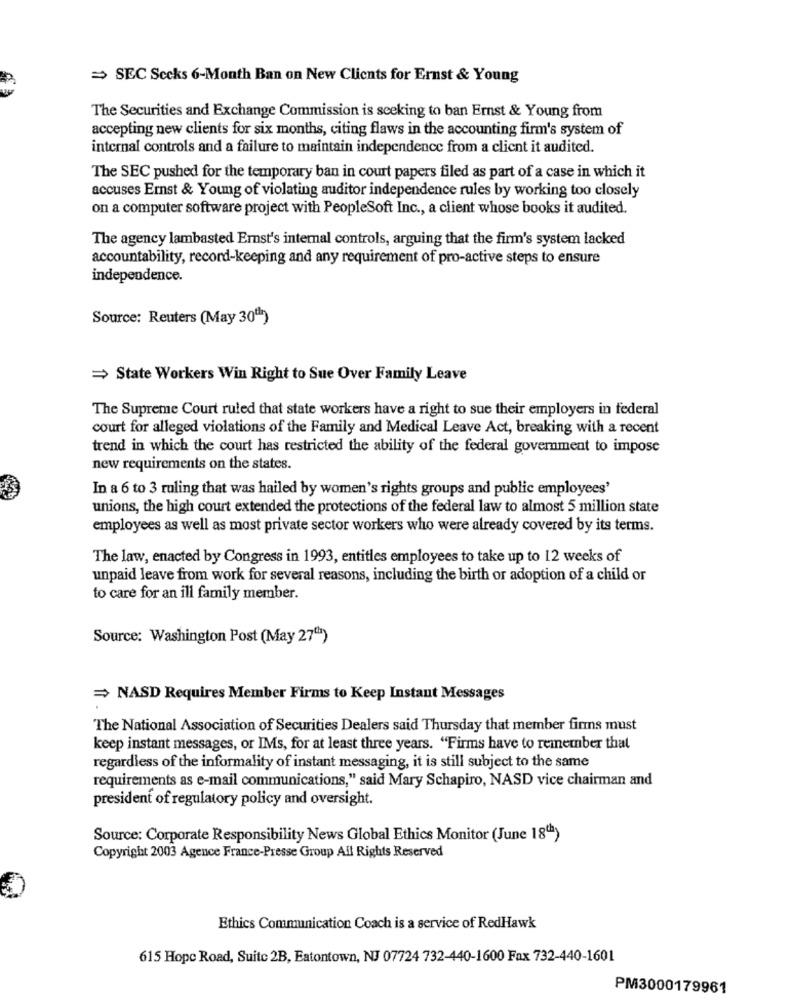
= SEC Secks 6-Month Ban on New Clients for Ernst & Young
The Securities and Exchange Commission is seeking to ban Ernst & Young from
accepting new clients for six months, citing flaws in the accounting firm's system of
internal controls and a failure to maintain independence from a client it audited.
The SEC pushed for the temporary ban in court papers filed as part of a case in which it
accuses Ernst & Young of violating auditor independence rules by working too closely
on a computer software project with PeopleSoft Inc ., a client whose books it audited.
The agency lambasted Ernst's internal controls, arguing that the firm's system lacked
accountability, record-keeping and any requirement of pro-active steps to ensure
independence.
Source: Reuters (May 30"1)
= State Workers Win Right to Sue Over Family Leave
The Supreme Court ruled that state workers have a right to sue their employers in federal
court for alleged violations of the Family and Medical Leave Act, breaking with a recent
trend in which the court has restricted the ability of the federal government to impose
new requirements on the states.
In a 6 to 3 ruling that was hailed by women's rights groups and public employees'
unions, the high court extended the protections of the federal law to almost 5 million state
employees as well as most private sector workers who were already covered by its terms.
The law, enacted by Congress in 1993, entitles employees to take up to 12 weeks of
unpaid leave from work for several reasons, including the birth or adoption of a child or
to care for an ill family member.
Source: Washington Post (May 27")
= NASD Requires Member Firms to Keep Instant Messages
The National Association of Securities Dealers said Thursday that member finns must
keep instant messages, or IMs, for at least three years. "Firms have to remember that
regardless of the informality of instant messaging, it is still subject to the same
requirements as e-mail communications," said Mary Schapiro, NASD vice chairman and
president of regulatory policy and oversight.
Source: Corporate Responsibility News Global Ethics Monitor (June 18")
Copyright 2003 Agence France-Presse Group All Rights Reserved
Ethics Communication Coach is a service of RedHawk
615 Hope Road, Suite 2B, Eatontown, NJ 07724 732-440-1600 Fax 732-440-1601
PM3000179961